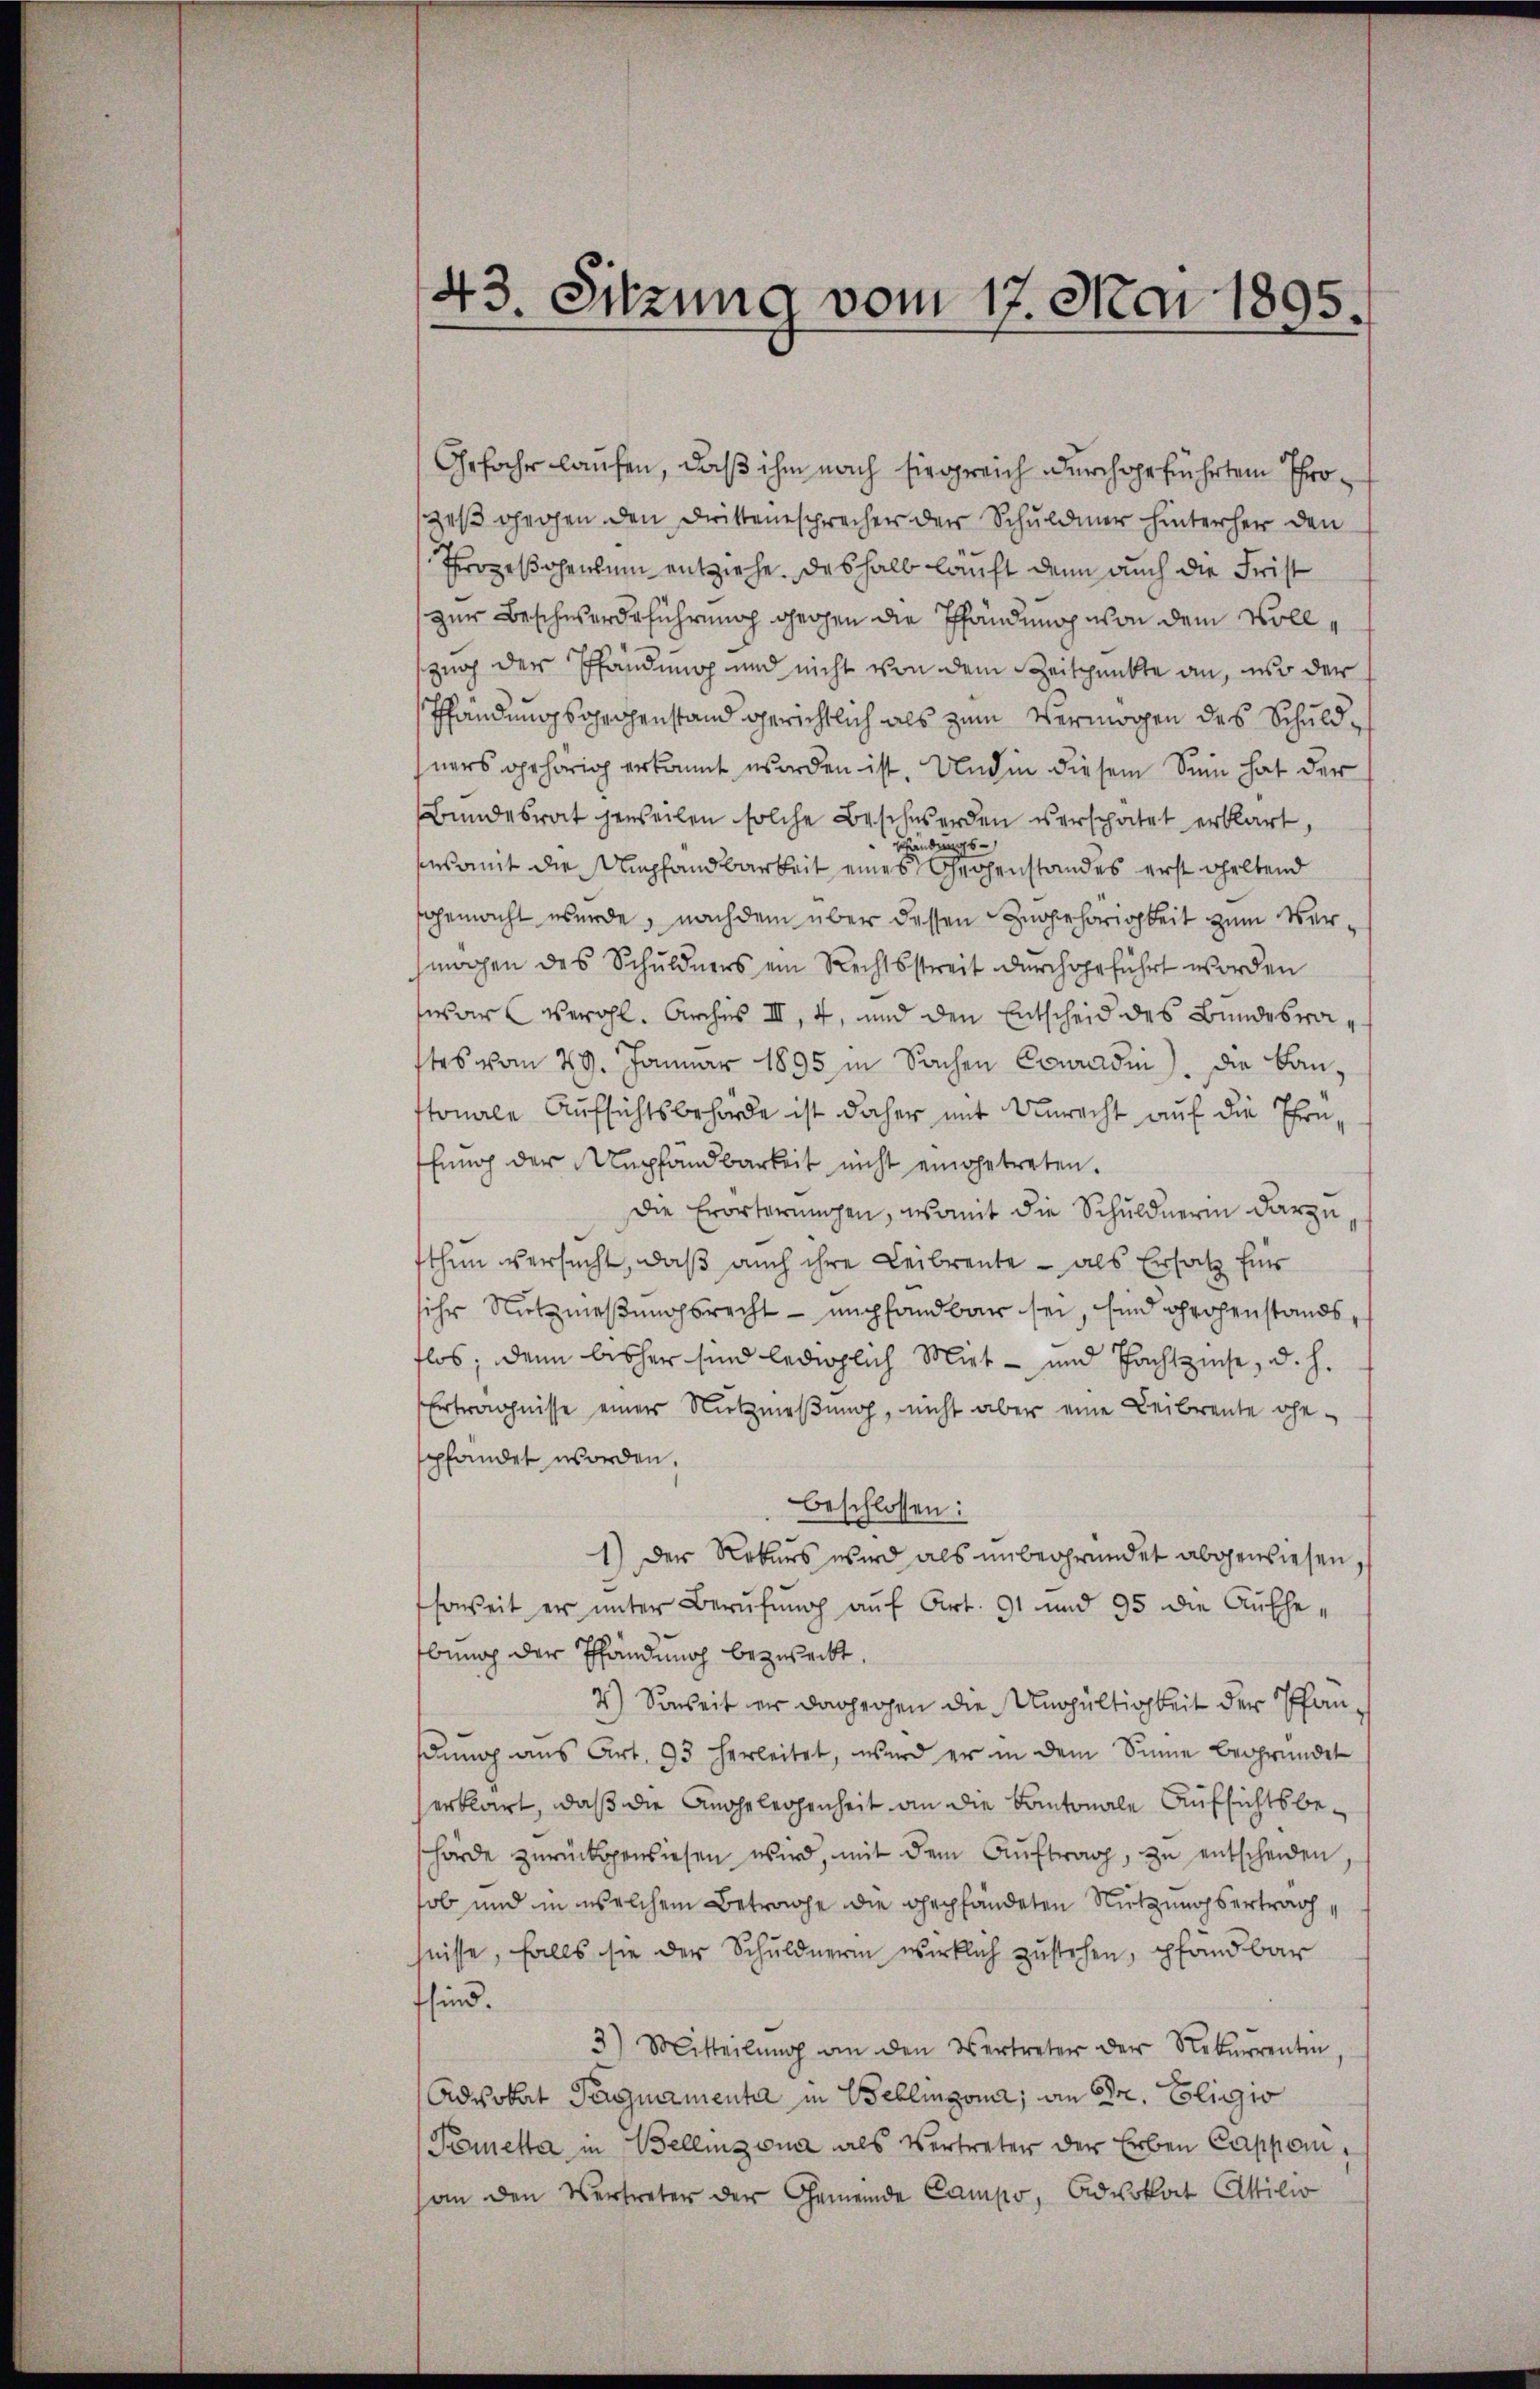
43. Sitzung vom 17. Mai 1895.

Gefahr laufen, daß ihm nach Eingreich durchgeführten Throzeß gegen den Drittensprecher der Schuldner hinterher den
Prozesschenhum entziehe deshalb lauft denn auch die Frist
zur Beschwerdeführung gegen die Pfändung von dem Vollszug der Pfändung und nicht von dem Zeitpunkte an, und der
Pfändungsgegenstand gerichtlich als zum Vermögen des Schuldners gehörig erkannt worden ist. Und in diesem Sein hat der
Bundesrat jeweilen solche Beschwerden verschatet erklärt,
Schindungs-
sesamt die Umpfandbarkeit eines Gegenstandes erst geltend
gemacht werde, nachdem über dessen Zugehörigkeit zum Vermachen des Schuldners ein Rechtsstreit durchgeführt worden
war verohl. Archis III, 4, und den Entscheid des Bundesrastes vom 29. Januar 1895 in Sachen Couradin). Die Bauttonale Aufsichtsbehörde ist daher mit Unrecht auf die Thern
fŭng der Umpfandbarkeit nicht eingetreten.
die Erörterungen, womit die Schuldnerin darzu
sthin versucht, daß auch ihre Leibrente – als Ersatz Eis
ihr Nutznießungsrecht - mich fandbar sei, sind großenstandsflos; denn bisher sind lediglich Miet- und Pachtziehe, d. h.
Erträgnisse einer Nutznieβŭng, nicht aber eine Leibrente ge-
spfandet worden,
beschlossen:
1) Der Rekurs wird als unbegründet abgewiesen,
soweit er unter Berufung auf Art. 91 und 95 die Aufhebung der Pfändung bezweckt,
2) Soweit er dagegen die Ungültigkeit der Pfandung aus Art. 93 herleitet, wird er in dem Sinne begründet
erklärt, daß die Angelegenheit an die Kantonale Aufsichtsbehörde zŭrückgewiesen wird, mit dem Aŭftrag, zŭ entscheiden,
sob und in welchem Betrage die gepfändeten Nutzungsertrag
hnisse, falls sie der Schuldnerin wirklich zustehen, pfändbar
ffind.
3) Mitteilŭng an den Vertreter der Rekurrentin
Advokat Pergamenta in Bellinzona; an Dr. Gligio
Pemetta in Bellinzona als Vertreter der Erben Capperan den Vertreter der Gemeinde Campo, Advokat Attilio